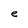
Character: e